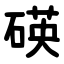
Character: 碤